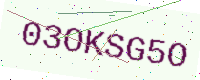
Text: 03OKSG5O